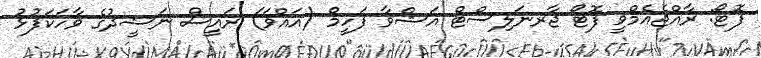
ފޮޓޯ: ރާއްޖެއެމްވީ ފޮޓޯ ޖާރނަލިސްޓް އަޝްވާ ފަހީމް (އައްވަ) ރައީސް ނަޝީދުގެ ވާހަކަފުޅު